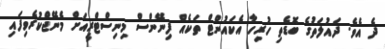
ދެ އެވެ. ދައުލަތުގެ ބޮޑެތި ހުރިހާ އެކައުންޓް ތަކެއް ފިނޭންސް މިނިސްޓްރީއަށް މެނޭޖްކުރެވިފައި